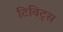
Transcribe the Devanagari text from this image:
टिविट्स